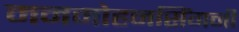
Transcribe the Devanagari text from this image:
मनमोहनसिंगनी